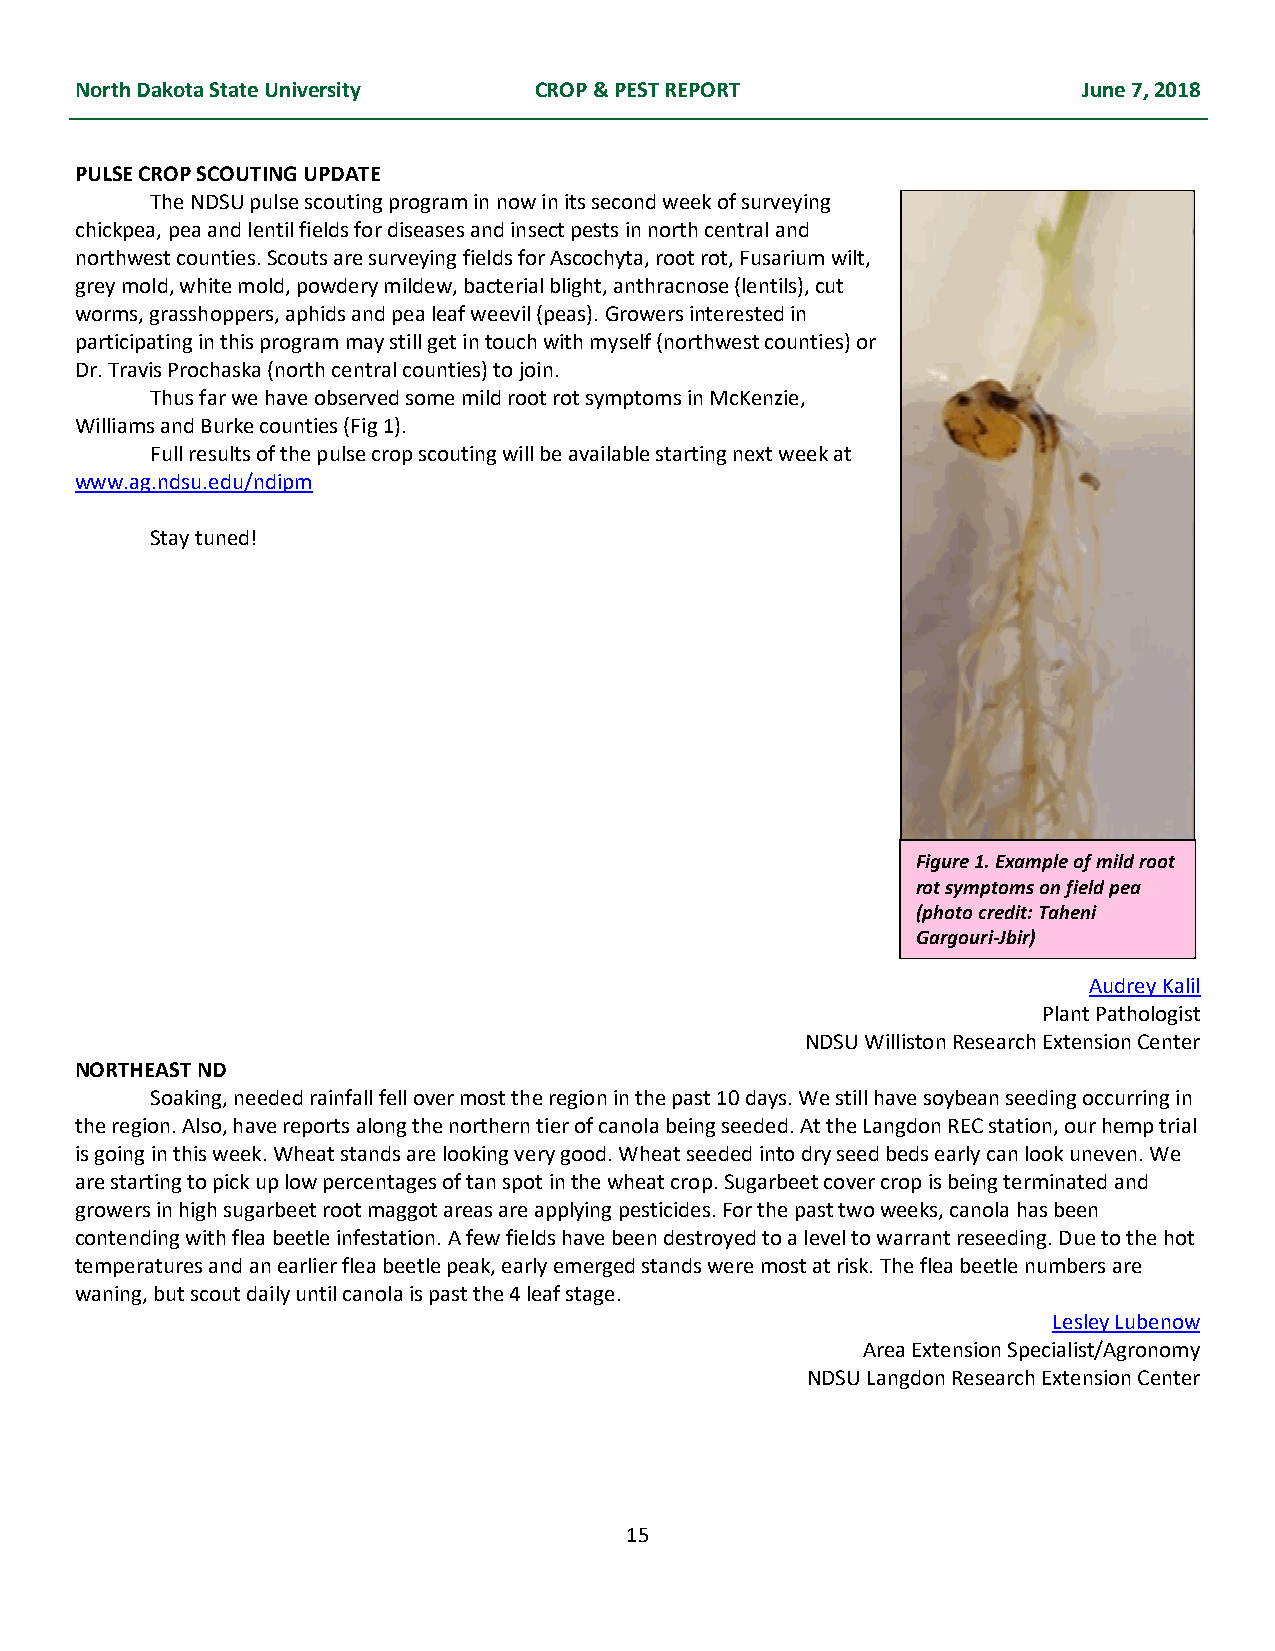
North Dakota State University CROP & PEST REPORT                   June 7, 2018
 PULSE CROP SCOUTING UPDATE
 The NDSU pulse scouting program in now in its second week of surveying
 chickpea, pea and lentil fields for diseases and insect pests in north central and
 northwest counties. Scouts are surveying fields for Ascochyta, root rot, Fusarium wilt,
 grey mold, white mold, powdery mildew, bacterial blight, anthracnose (lentils), cut
 worms, grasshoppers, aphids and pea leaf weevil (peas). Growers interested in
 participating in this program may still get in touch with myself (northwest counties) or
 Dr. Travis Prochaska (north central counties) to join.
 Thus far we have observed some mild root rot symptoms in McKenzie,
 Williams and Burke counties (Fig 1).
 Full results of the pulse crop scouting will be available starting next week at
 www.ag.ndsu.edu/ndipm
 Stay tuned!
 Figure 1. Example of mild root
 rot symptoms on field pea
 (photo credit: Taheni
 Gargouri-Jbir)
 Audrey Kalil
 Plant Pathologist
 NDSU Williston Research Extension Center
 NORTHEAST ND
 Soaking, needed rainfall fell over most the region in the past 10 days. We still have soybean seeding occurring in
 the region. Also, have reports along the northern tier of canola being seeded. At the Langdon REC station, our hemp trial
 is going in this week. Wheat stands are looking very good. Wheat seeded into dry seed beds early can look uneven. We
 are starting to pick up low percentages of tan spot in the wheat crop. Sugarbeet cover crop is being terminated and
 growers in high sugarbeet root maggot areas are applying pesticides. For the past two weeks, canola has been
 contending with flea beetle infestation. A few fields have been destroyed to a level to warrant reseeding. Due to the hot
 temperatures and an earlier flea beetle peak, early emerged stands were most at risk. The flea beetle numbers are
 waning, but scout daily until canola is past the 4 leaf stage.
 Lesley Lubenow
 Area Extension Specialist/Agronomy
 NDSU Langdon Research Extension Center
 15